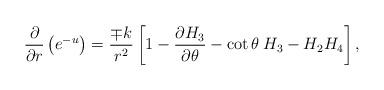
LaTeX: \begin{align*}\frac{\partial}{\partial r}\left(e\sp{-u}\right)=\frac{\mp k}{r^{2}}\left[1-\frac{\partial H_{3}}{\partial\theta}-\cot\theta\:H_{3}-H_{2}H_{4}\right],\end{align*}